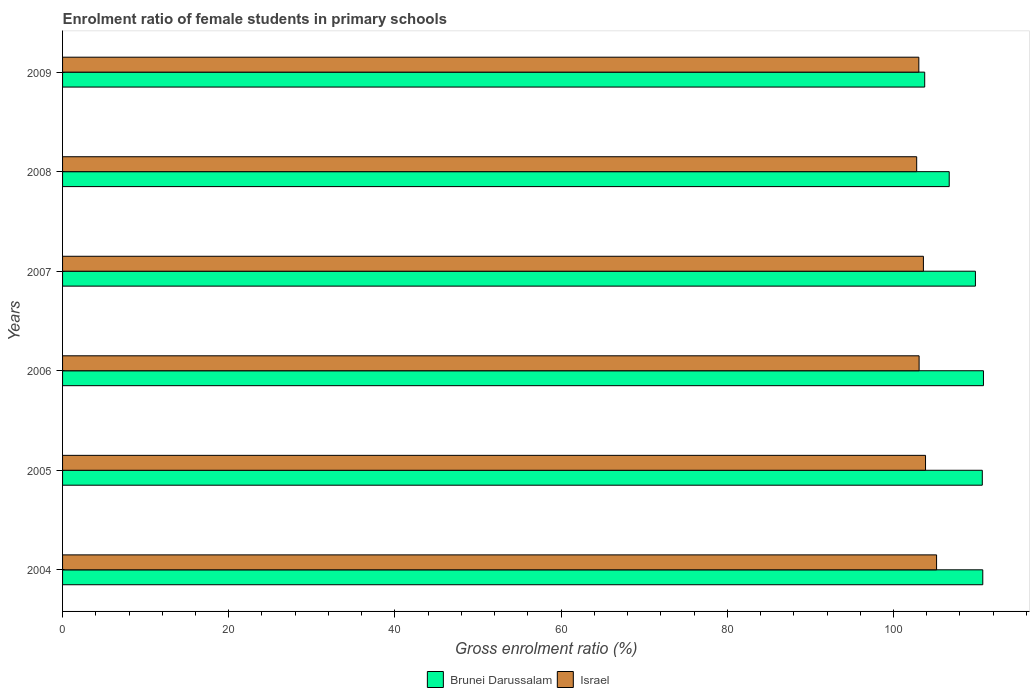
| Years | Brunei Darussalam | Israel |
 | --- | --- | --- |
 | 2004 | 111 | 105 |
 | 2005 | 111 | 104 |
 | 2006 | 111 | 103 |
 | 2007 | 110 | 104 |
 | 2008 | 107 | 103 |
 | 2009 | 104 | 103 |